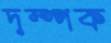
দম্পক